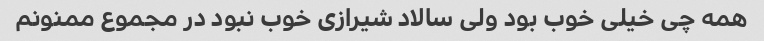
همه چی خیلی خوب بود ولی سالاد شیرازی خوب نبود در مجموع ممنونم